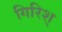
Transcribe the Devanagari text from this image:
गिरिश्